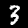
Label: 3